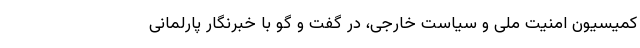
کمیسیون امنیت ملی و سیاست خارجی، در گفت و گو با خبرنگار پارلمانی